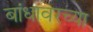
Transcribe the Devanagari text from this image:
बांधावरच्या